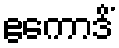
ဧကောဒိံ